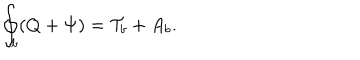
\oint _ { b } ( Q + \Psi ) = { \cal T } _ { b } + A _ { b } .